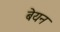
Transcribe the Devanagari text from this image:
बेयन